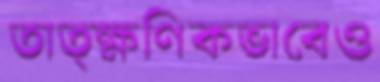
তাত্ক্ষণিকভাবেও